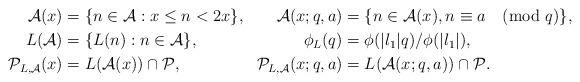
LaTeX: \begin{align*}\mathcal{A}(x)&=\{n\in \mathcal{A}: x\le n< 2x\},&\mathcal{A}(x;q,a)&=\{n\in \mathcal{A}(x), n\equiv a\pmod{q}\},\\L(\mathcal{A})&=\{L(n):n\in\mathcal{A}\},&\phi_L(q)&=\phi(|l_1| q)/\phi(|l_1|),\\\mathcal{P}_{L,\mathcal{A}}(x)&=L(\mathcal{A}(x))\cap\mathcal{P},&\mathcal{P}_{L,\mathcal{A}}(x;q,a)&=L(\mathcal{A}(x;q,a))\cap\mathcal{P}.\end{align*}